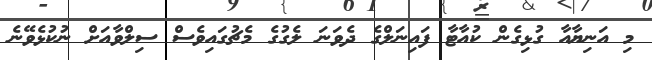
މި އަނިޔާއާ ގުޅިގެން ކުއާޓާ ފައިނަލްގެ ދެވަނަ ލެގުގެ މެޗުގައިވެސް ސިލްވާއަށް ނުކުޅެވޭނެ